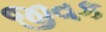
જીવક